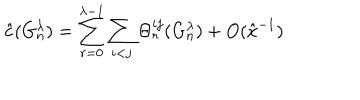
\hat { c } ( G _ { n } ^ { \lambda } ) = \sum _ { r = 0 } ^ { \lambda - 1 } \sum _ { i < j } \Theta _ { r } ^ { i j } ( G _ { n } ^ { \lambda } ) + O ( \hat { x } ^ { - 1 } )